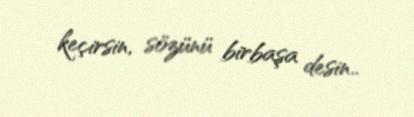
keçirsin, sözünü birbaşa desin..